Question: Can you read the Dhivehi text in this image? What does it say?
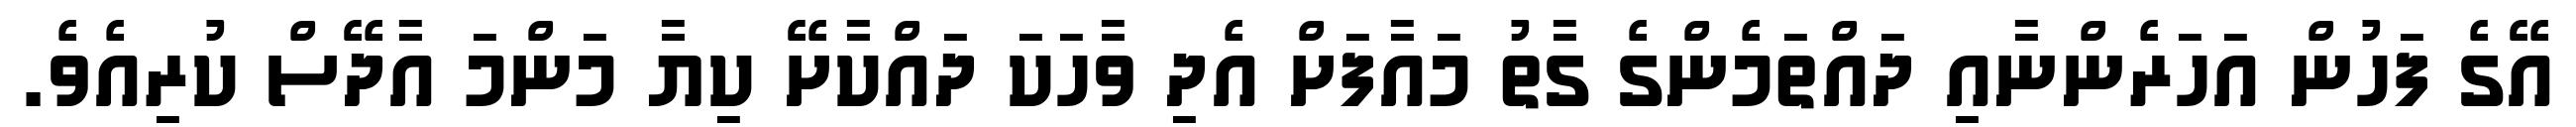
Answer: އޭގެ ފަހުން އަހަރެންނާއި ދައްތަމެންގެ ގާތު މައާފަށް އެދި ވާހަކަ ދައްކާށޭ ކިޔާ މަންމަ އާދޭސް ކުރިއެވެ.